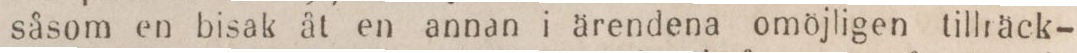
såsom en bisak åt en annan i ärendena omöjligen tillräck-